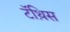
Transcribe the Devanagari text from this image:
टॅथ़िस